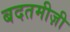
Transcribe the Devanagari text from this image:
बदतमीज़ी